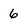
Character: 6